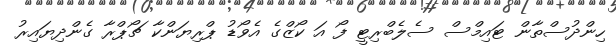
ހިންދުސްތާން ޓައިމްސް ސެލެބްރިޓީ ފޯ އަ ކޯޒްގެ އެވޯޑު ޕްރިޔަންކާ ޗޯޕްރާ ގެންދިޔައިރު